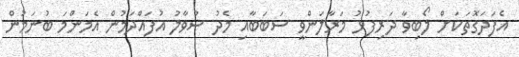
އެފަދަގޮތަކަށް ލޯބިވާ ދަރިފުޅު މަރާލަންވީ ސަބަބާއި މެދު ސުވާލު އުފައްދަމުން އެމަންމަ ބުނަމުން